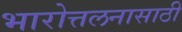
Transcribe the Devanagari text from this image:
भारोत्तलनासाठी